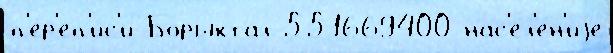
п'е́р'еп'ис'и Борыктал 551669400 нас'ел'е́н'иjе